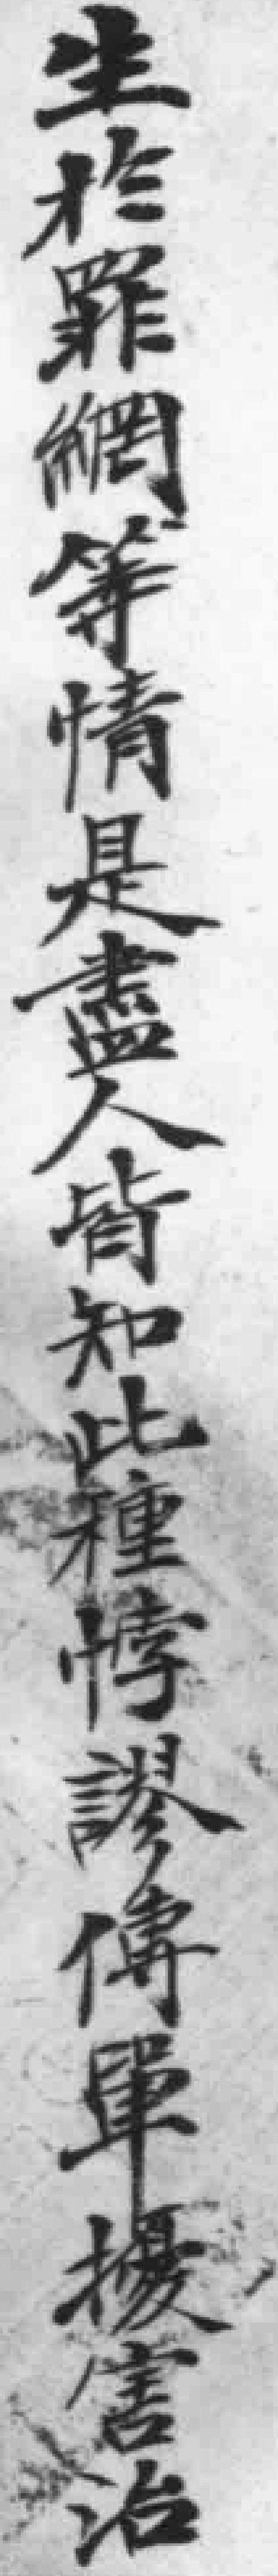
生於罪網等情是盡人皆知此種悖謬傳單擾害治